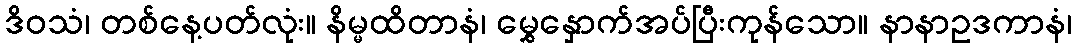
ဒိဝသံ၊ တစ်နေ့ပတ်လုံး။ နိမ္မထိတာနံ၊ မွှေနှောက်အပ်ပြီးကုန်သော။ နာနာဥဒကာနံ၊